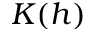
K ( h )